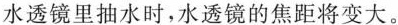
水透镜里抽水时，水透镜的焦距将变大。